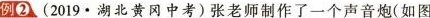
例②(2019.湖北黄冈中考)张老师制作了一个声音炮(如图